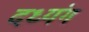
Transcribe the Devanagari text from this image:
दध्यंग